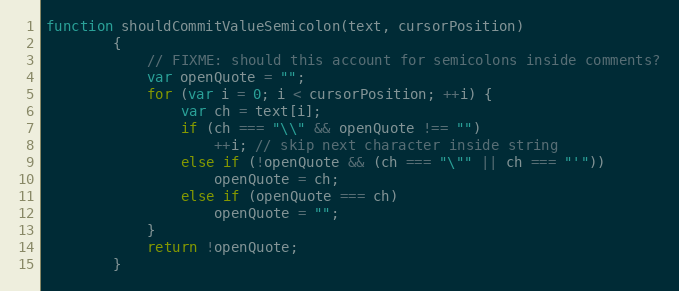
Language: JavaScript
function shouldCommitValueSemicolon(text, cursorPosition)
        {
            // FIXME: should this account for semicolons inside comments?
            var openQuote = "";
            for (var i = 0; i < cursorPosition; ++i) {
                var ch = text[i];
                if (ch === "\\" && openQuote !== "")
                    ++i; // skip next character inside string
                else if (!openQuote && (ch === "\"" || ch === "'"))
                    openQuote = ch;
                else if (openQuote === ch)
                    openQuote = "";
            }
            return !openQuote;
        }